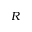
R